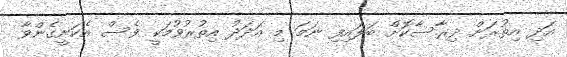
އަދި އިތުރަށް ދިރާސާކޮށް ބަލައިފި ނަމަ މި އަދަދު އިތުރުވުމަކީ ވެސް އެކަށީގެންވާ